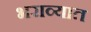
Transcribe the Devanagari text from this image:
भराव्यात